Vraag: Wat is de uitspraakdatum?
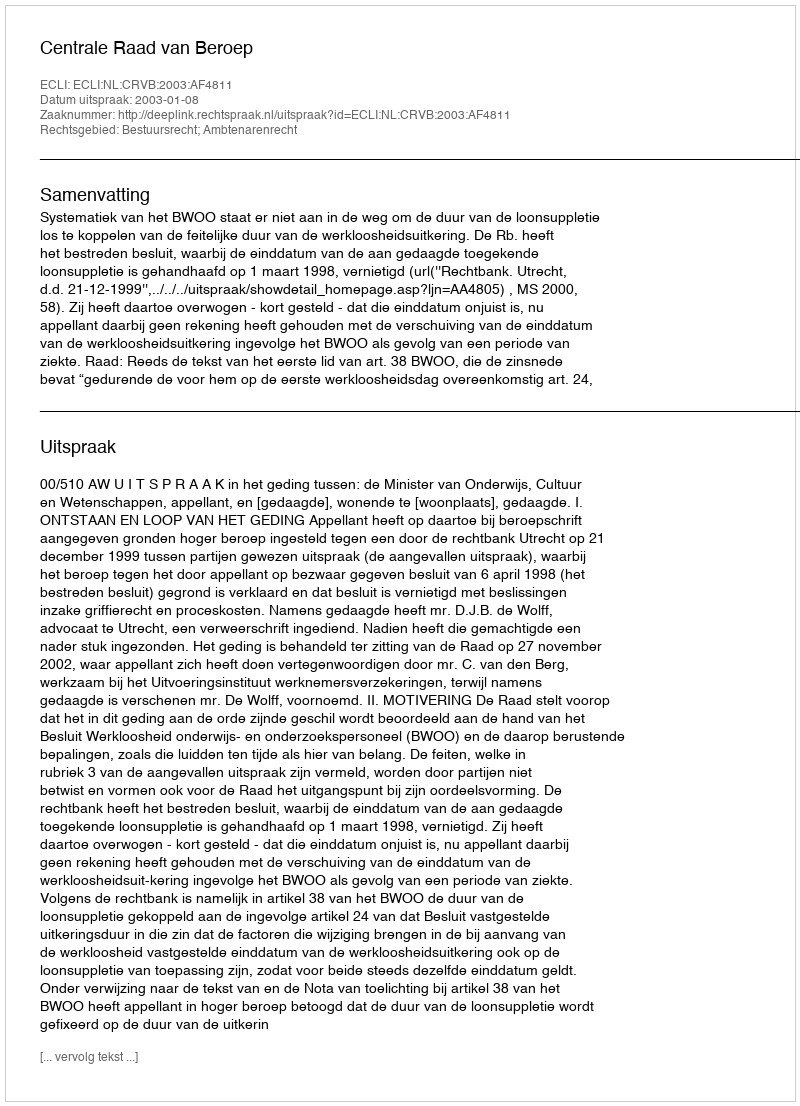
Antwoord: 2003-01-08